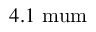
4 . 1 \mathrm { \ m u m }